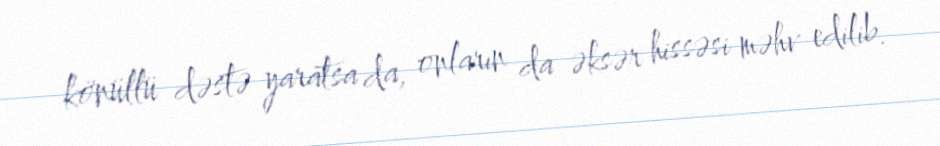
könüllü dəstə yaratsa da, onların da əksər hissəsi məhv edilib.